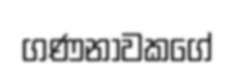
ගණනාවකගේ